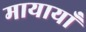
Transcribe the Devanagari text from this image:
मायायाँ